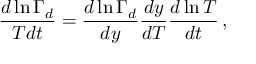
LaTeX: \frac { d \ln \Gamma _ { d } } { T d t } = \frac { d \ln \Gamma _ { d } } { d y } \frac { d y } { d T } \frac { d \ln T } { d t } \, ,